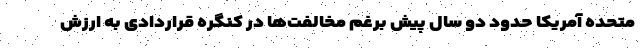
متحده آمریکا حدود دو سال پیش برغم مخالفت‌ها در کنگره قراردادی به ارزش